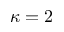
\kappa = 2